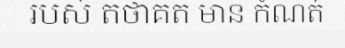
របស់ តថាគត មាន កំណត់